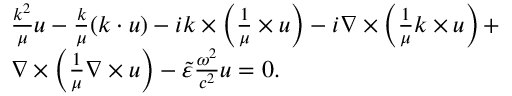
\begin{array} { r l } & { \frac { \boldsymbol { k } ^ { 2 } } { \mu } u - \frac { \boldsymbol { k } } { \mu } ( \boldsymbol { k } \cdot u ) - i \boldsymbol { k } \times \left( \frac { 1 } { \mu } \times u \right) - i \nabla \times \left( \frac { 1 } { \mu } \boldsymbol { k } \times u \right) + } \\ & { \nabla \times \left( \frac { 1 } { \mu } \nabla \times u \right) - \tilde { \varepsilon } \frac { \omega ^ { 2 } } { c ^ { 2 } } u = 0 . } \end{array}